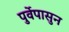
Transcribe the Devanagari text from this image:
पुर्वेपासुन